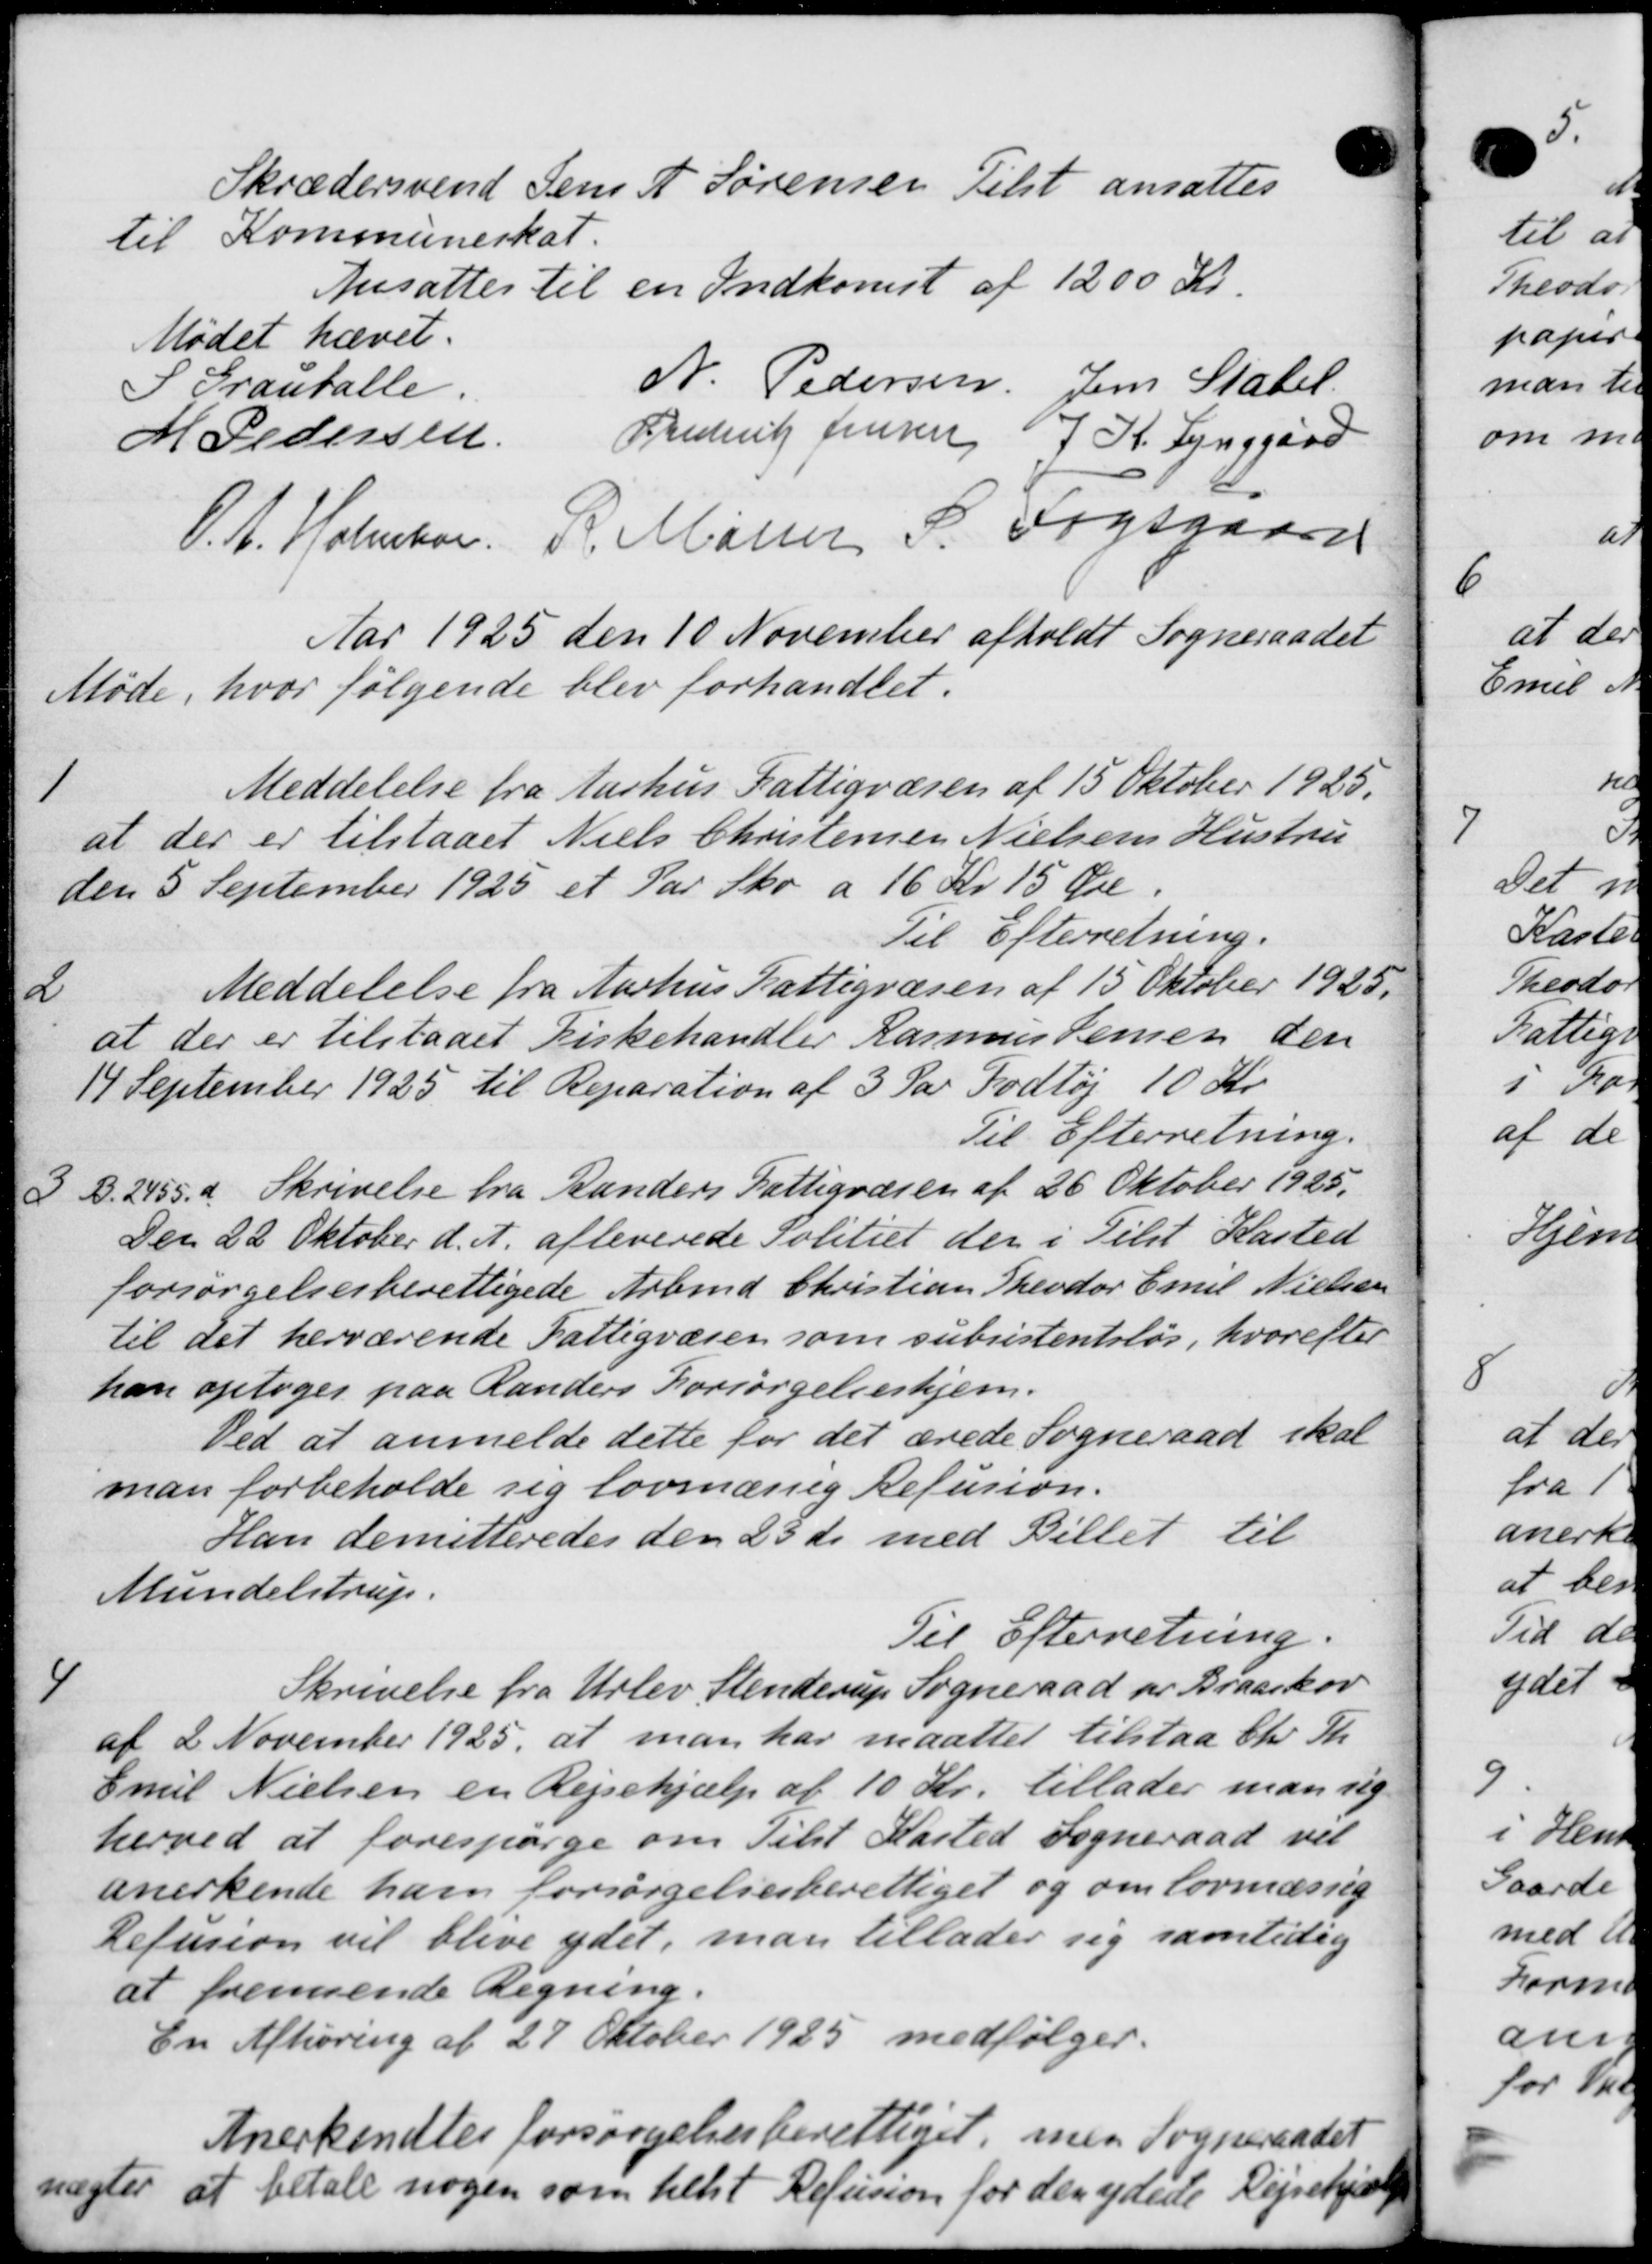
Transskription:
Skrædersvend Jens A. Sørensen Tilst ansattes
til Kommuneskat.
Ansattes til en Indkomst af 1200 Kr.
Mødet hævet.
S Grantalle.
N. Pedersen Jens Statel
M Pedersen
Frederik Jensen J. K. Lynggard
P. A. Holmen
R. Møller S. Fogsgaard
Aar 1925 den 10 November afholdt Sogneraadet
Møde, hvor følgende blev forhandlet.
1
Meddelelse fra Aarhus Fattigvæsen af 15 Oktober 1925.
at der er tilstaaet Niels Christensen Nielsens Hustru
den 5 September 1925 et Par Sko a 16 Kr 15 Øre.
Til Efterretning.
2
Meddelelse fra Aarhus Fattigvæsen af 15 Oktober 1925.
at der er tilstaaet Kirkehandler Rasmus Jensen den
14 September 1925 til Reparation af 3 Par Fodtøj 10 Kr.
Til Efterretning.
3
B. 2455.d. Skrivelse fra Randers Fattigvæsen af 26 Oktober 1925.
Den 22 Oktober d. A. afleverede Politiet der i Tilst Kasted
forsørgelsesberettigede Arbmd Christian Theodor Emil Nielsen
til det herværende Fattigvæsen som subsistentsløs, hvorefter
han optoges paa Randers Forsørgelseshjem.
Ved at anmelde dette for det ærede Sogneraad skal
man forbeholde sig lovmæssig Refusion.
Han demitteredes den 25 ds med Billet til
Mundelstrup.
Til Efterretning.
4
Skrivelse fra Udlev Stenderup Sogneraad pr Braarkov
af 2 November 1925, at man har maattet tilstaa Chr. Th.
Emil Nielsen en Rejsehjælp af 10 Kr. tillader man sig
herved at forespørge om Tilst Kasted Sogneraad vil
anerkende ham forsørgelsesberettiget og om lovmæssig
Refusion vil blive ydet, man tillader sig samtidig
at fremsende Ligning.
En Afhøring af 27 Oktober 1925 medfølger.
Anerkendtes forsørgelsesberettiget, med
nægter at betale nogen som helst Refusion